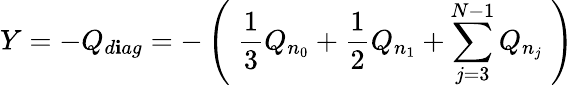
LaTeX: Y=-Q_{d\mathbf{i}ag}=-\left(\; \frac{1}{3}Q_{n_{0}}+\frac{1}{2}Q_{n_{1}}+\sum_{j=3}^{N-1}Q_{n_{j}}\; \right)